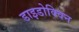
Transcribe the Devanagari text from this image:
डाइडोक्विन